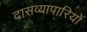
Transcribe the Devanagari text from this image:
दासव्यापारियों